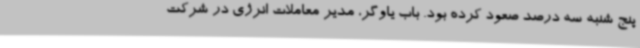
پنج شنبه سه درصد صعود کرده بود. باب یاوگر، مدیر معاملات انرژی در شرکت